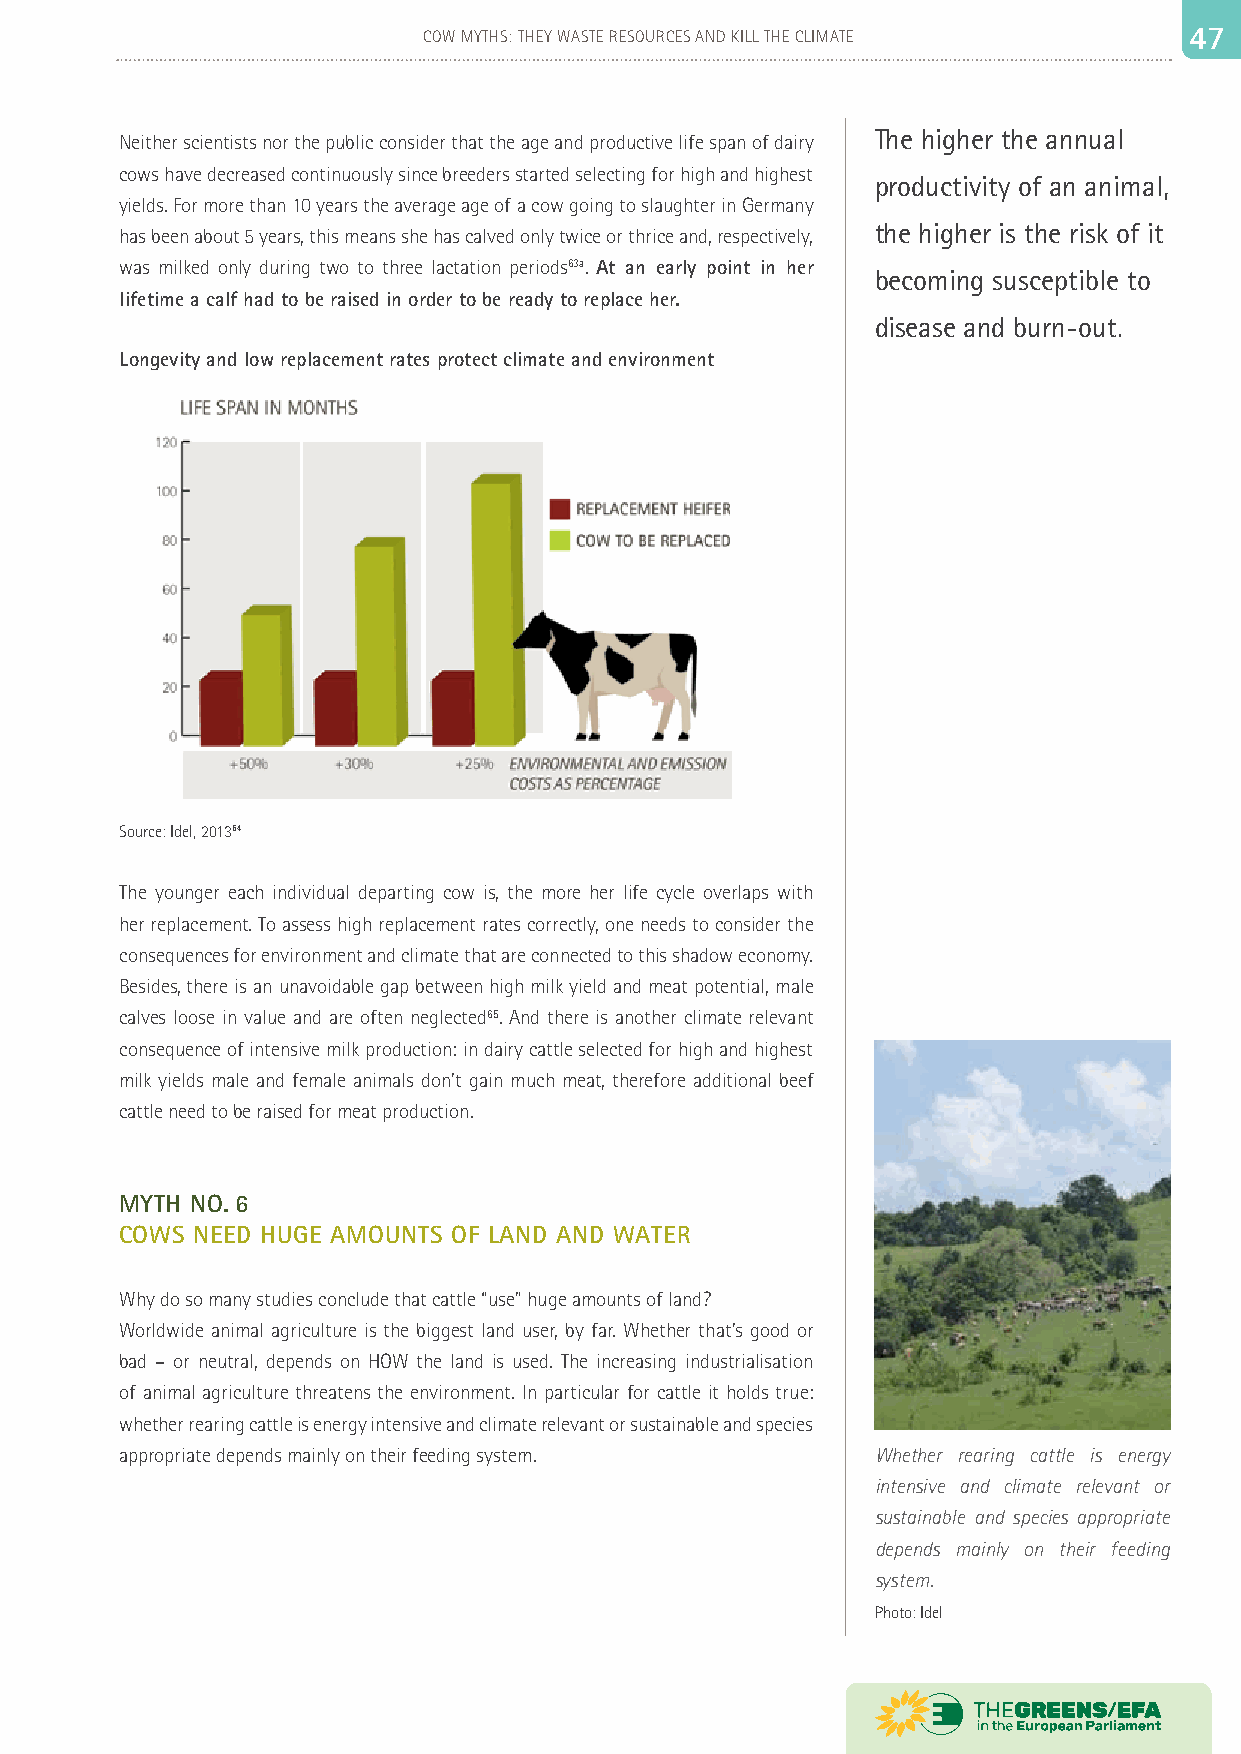
46                          COW MYTHS: THEY WASTE RESOURCES AND KILL THE CLIMATE 44 77
 The higher the annual
 Neither scientists nor the public consider that the age and productive life span of dairy
 cows have decreased continuously since breeders started selecting for high and highest
 productivity of an animal,
 yields. For more than 10 years the average age of a cow going to slaughter in Germany
 the higher is the risk of it
 has been about 5 years, this means she has calved only twice or thrice and, respectively,
 was milked only during two to three lactation periods63a. At an early point in her
 becoming susceptible to
 lifetime a calf had to be raised in order to be ready to replace her.
 disease and burn-out.
 Longevity and low replacement rates protect climate and environment
 Source: Idel, 201364
 The younger each individual departing cow is, the more her life cycle overlaps with
 her replacement. To assess high replacement rates correctly, one needs to consider the
 consequences for environment and climate that are connected to this shadow economy.
 Besides, there is an unavoidable gap between high milk yield and meat potential, male
 calves loose in value and are often neglected65. And there is another climate relevant
 consequence of intensive milk production: in dairy cattle selected for high and highest
 milk yields male and female animals don’t gain much meat, therefore additional beef
 cattle need to be raised for meat production.
 MYTH NO. 6
 COWS NEED HUGE AMOUNTS OF LAND AND WATER
 Why do so many studies conclude that cattle “use” huge amounts of land?
 Worldwide animal agriculture is the biggest land user, by far. Whether that’s good or
 bad – or neutral, depends on HOW the land is used. The increasing industrialisation
 of animal agriculture threatens the environment. In particular for cattle it holds true:
 whether rearing cattle is energy intensive and climate relevant or sustainable and species
 appropriate depends mainly on their feeding system. Whether rearing cattle is energy
 intensive and climate relevant or
 sustainable and species appropriate
 depends mainly on their feeding
 system.
 Photo: Idel